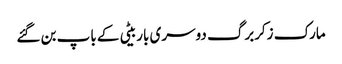
مارک زکربرگ دوسری باربیٹی کے باپ بن گئے